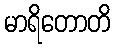
မာရိတောတိ